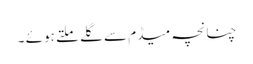
چنانچہ میڈم سے گلے ملتے ہوئے ۔